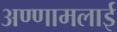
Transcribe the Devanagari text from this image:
अण्णामलाई